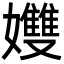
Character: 孇